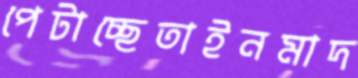
পেটাচ্ছেতাইনমাদ